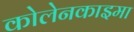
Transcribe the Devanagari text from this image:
कोलेनकाइमा